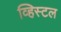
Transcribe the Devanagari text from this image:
व्हिस्टल